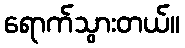
ရောက်သွားတယ်။